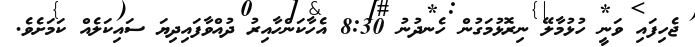
ޖެހިފައި ވަނީ ހުޅުމާލޭ ނިރޮޅުމަގުން ހެނދުނު 8:30 އެހާކަންހާއިރު ދުއްވާފައިދިޔަ ސައިކަލެއް ކަމަށެވެ.